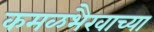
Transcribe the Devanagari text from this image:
कमळभैरवाच्या